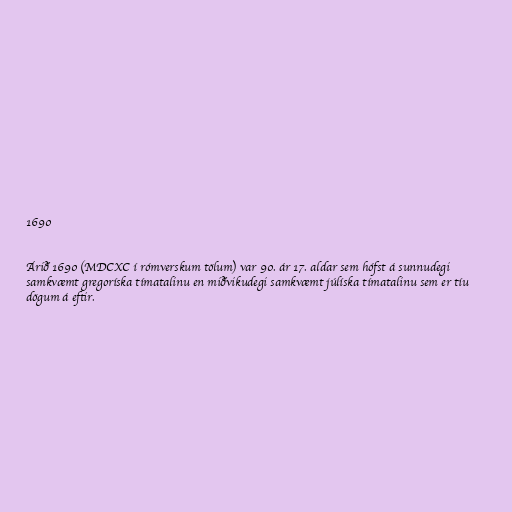
1690

Árið 1690 (MDCXC í rómverskum tölum) var 90. ár 17. aldar sem hófst á sunnudegi
samkvæmt gregoríska tímatalinu en miðvikudegi samkvæmt júlíska tímatalinu sem er tíu
dögum á eftir.